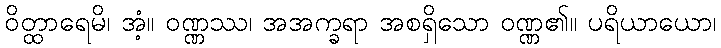
ဝိတ္ထာရေမိ၊ အံ့။ ဝဏ္ဏဿ၊ အအက္ခရာ အစရှိသော ဝဏ္ဏ၏။ ပရိယာယော၊